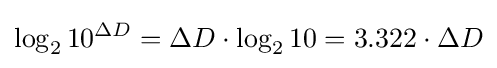
\log _{2}10^{\Delta D}=\Delta D\cdot \log _{2}10=3.322\cdot \Delta D